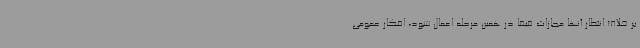
بر خلاف انتظار آنها مجازات فیفا در همین مرحله اعمال شود، افکار عمومی